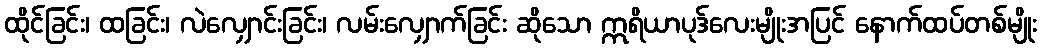
ထိုင်ခြင်း၊ ထခြင်း၊ လဲလျှောင်းခြင်း၊ လမ်းလျှောက်ခြင်း ဆိုသော ဣရိယာပုဒ်လေးမျိုးအပြင် နောက်ထပ်တစ်မျိုး